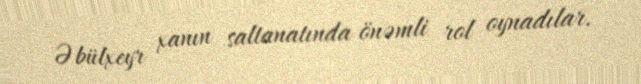
Əbülxeyr xanın saltanatında önəmli rol oynadılar.